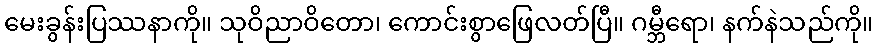
မေးခွန်းပြဿနာကို။ သုဝိညာဝိတော၊ ကောင်းစွာဖြေလတ်ပြီ။ ဂမ္ဘီရော၊ နက်နဲသည်ကို။